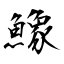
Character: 鱌